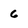
Character: 6